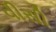
વીસી